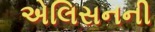
એલિસનની